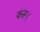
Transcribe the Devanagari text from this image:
करू।